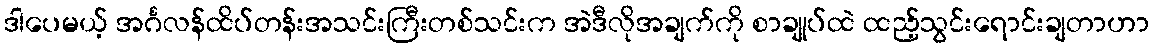
ဒါပေမယ့် အင်္ဂလန်ထိပ်တန်းအသင်းကြီးတစ်သင်းက အဲဒီလိုအချက်ကို စာချုပ်ထဲ ထည့်သွင်းရောင်းချတာဟာ